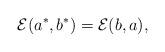
LaTeX: \begin{gather*}{\mathcal E}(a^*, b^*)={\mathcal E}(b, a),\end{gather*}